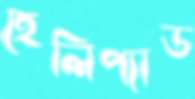
হেলিপ্যাড